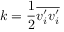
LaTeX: k = { \frac { 1 } { 2 } } { \overline { { v _ { i } ^ { \prime } v _ { i } ^ { \prime } } } }